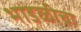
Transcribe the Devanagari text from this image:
भाडळीचा